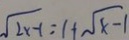
\sqrt { 2 x - 1 } = 1 + \sqrt { x - 1 }